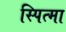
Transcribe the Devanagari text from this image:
स्पित्मा